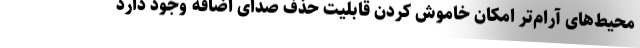
محیط‌های آرام‌تر امکان خاموش کردن قابلیت حذف صدای اضافه وجود دارد